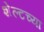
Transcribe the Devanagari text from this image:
शेल्टच्या